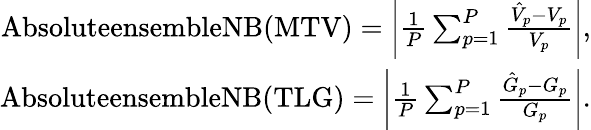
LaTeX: \begin{array}{r}{\textrm{AbsoluteensembleNB(MTV)}=\left|\frac{1}{P}\sum_{p=1}^{P}\frac{\hat{V}_{p}-V_{p}}{V_{p}}\right|,}\\ {\textrm{AbsoluteensembleNB(TLG)}=\left|\frac{1}{P}\sum_{p=1}^{P}\frac{\hat{G}_{p}-G_{p}}{G_{p}}\right|.}\end{array}